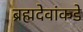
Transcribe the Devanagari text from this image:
ब्रह्मदेवांकडे